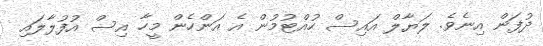
ދުފަން އިނެވެ. ލަޔާލް އައިސް ހުއްޓުމުން އެ އަންހެން މީހާ އިސް އުފުލާލައި